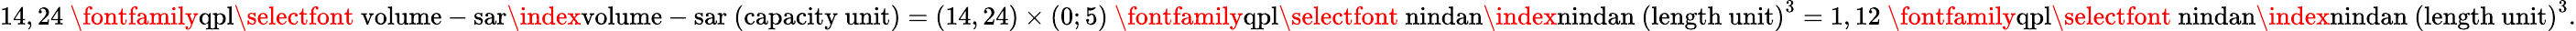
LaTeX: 14,24\ \mathrm{{\fontfamily{qpl}\selectfont~volume-sar}\index{volume-sar~(capacity~unit)}}=(14,24)\times(0;5)\ \mathrm{{\fontfamily{qpl}\selectfont~nindan}\index{nindan~(length~unit)}}^{3}=1,12\ \mathrm{{\fontfamily{qpl}\selectfont~nindan}\index{nindan~(length~unit)}}^{3}.